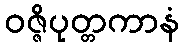
ဝဇ္ဇိပုတ္တကာနံ